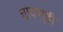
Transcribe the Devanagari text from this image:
चावण़्डी